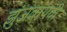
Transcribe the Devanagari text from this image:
झुंजवायची